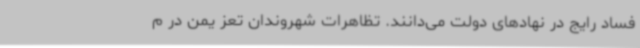
فساد رایج در نهادهای دولت می‌دانند. تظاهرات شهروندان تعز یمن در م